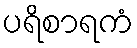
ပရိစာရကံ